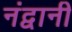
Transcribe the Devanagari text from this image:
नंद्वानी